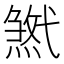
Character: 𢎓